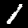
Digit: 1